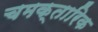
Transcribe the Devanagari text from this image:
चमक्तारिक